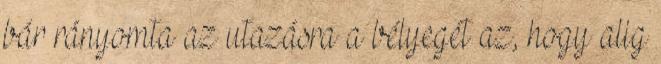
bár rányomta az utazásra a bélyegét az, hogy alig